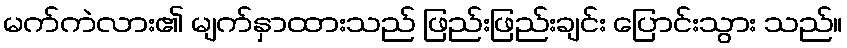
မက်ကဲလား၏ မျက်နှာထားသည် ဖြည်းဖြည်းချင်း ပြောင်းသွား သည်။